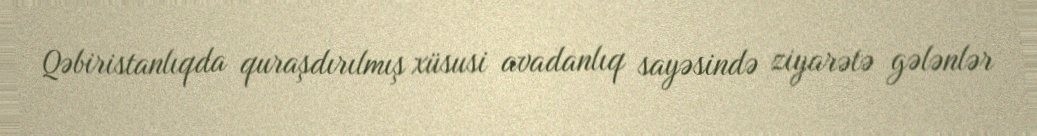
Qəbiristanlıqda quraşdırılmış xüsusi avadanlıq sayəsində ziyarətə gələnlər